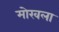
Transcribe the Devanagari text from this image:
मोखला